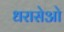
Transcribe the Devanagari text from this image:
धरासेओ